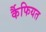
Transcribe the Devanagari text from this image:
र्कैफियत